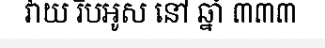
វាយ រឹបអូស នៅ ឆ្នាំ ៣៣៣